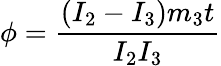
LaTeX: \phi=\frac{(I_{2}-I_{3})m_{3}t}{I_{2}I_{3}}